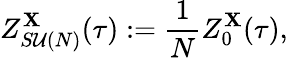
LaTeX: Z_{S\mathcal{U}(N)}^{\mathbf{X}}(\tau):=\frac{{1}}{{N}}Z_{0}^{\mathbf{X}}(\tau),